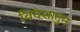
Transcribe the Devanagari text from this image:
विदेशातुन